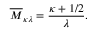
\overline { { { M } } } _ { \kappa \lambda } = \frac { \kappa + 1 / 2 } { \lambda } .